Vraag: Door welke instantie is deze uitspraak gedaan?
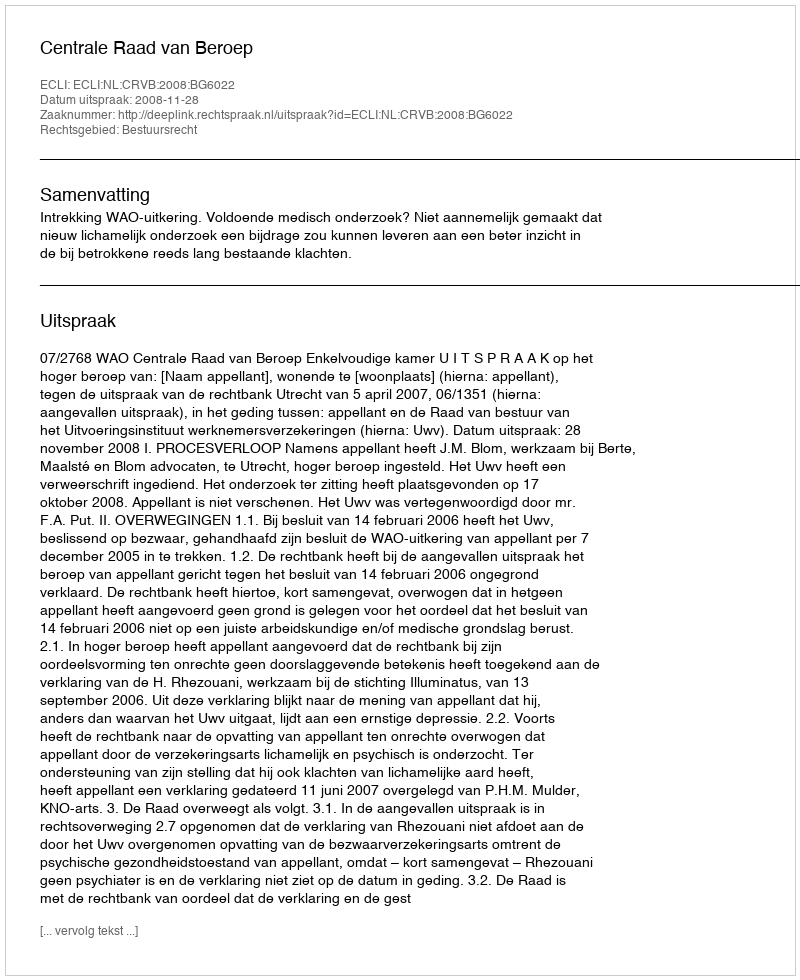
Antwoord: Centrale Raad van Beroep